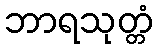
ဘာရသုတ္တံ